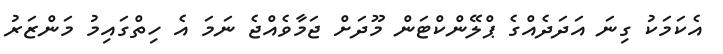
އެކަމަކު ގިނަ އަދަދެއްގެ ޕްލޭންކްޓަން މޫދަށް ޖަމާވެއްޖެ ނަމަ އެ ހިތްގައިމު މަންޒަރު